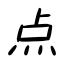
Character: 点